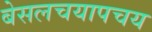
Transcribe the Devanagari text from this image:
बेसलचयापचय